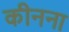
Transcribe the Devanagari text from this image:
कीनना